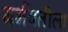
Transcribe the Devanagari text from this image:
गर्भवतीला